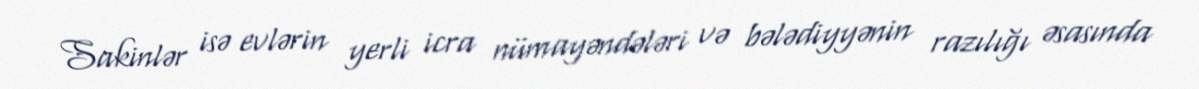
Sakinlər isə evlərin yerli icra nümayəndələri və bələdiyyənin razılığı əsasında